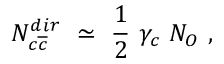
N _ { c \overline { { { c } } } } ^ { d i r } ~ \simeq ~ \frac { 1 } { 2 } ~ \gamma _ { c } ~ N _ { O } ~ ,